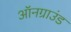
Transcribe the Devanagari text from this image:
ऑनग्राउंड